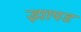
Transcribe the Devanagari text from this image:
झापड